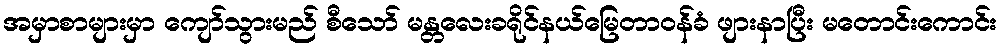
အမှာစာများမှာ ကျော်သွားမည် စီသော် မန္တလေးခရိုင်နယ်မြေတာဝန်ခံ ဖျားနာပြီး မတောင်းကောင်း